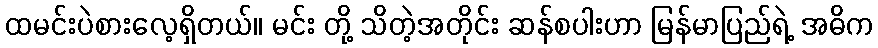
ထမင်းပဲစားလေ့ရှိတယ်။ မင်း တို့ သိတဲ့အတိုင်း ဆန်စပါးဟာ မြန်မာပြည်ရဲ့ အဓိက